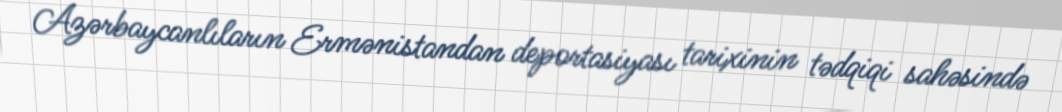
Azərbaycanlıların Ermənistandan deportasiyası tarixinin tədqiqi sahəsində